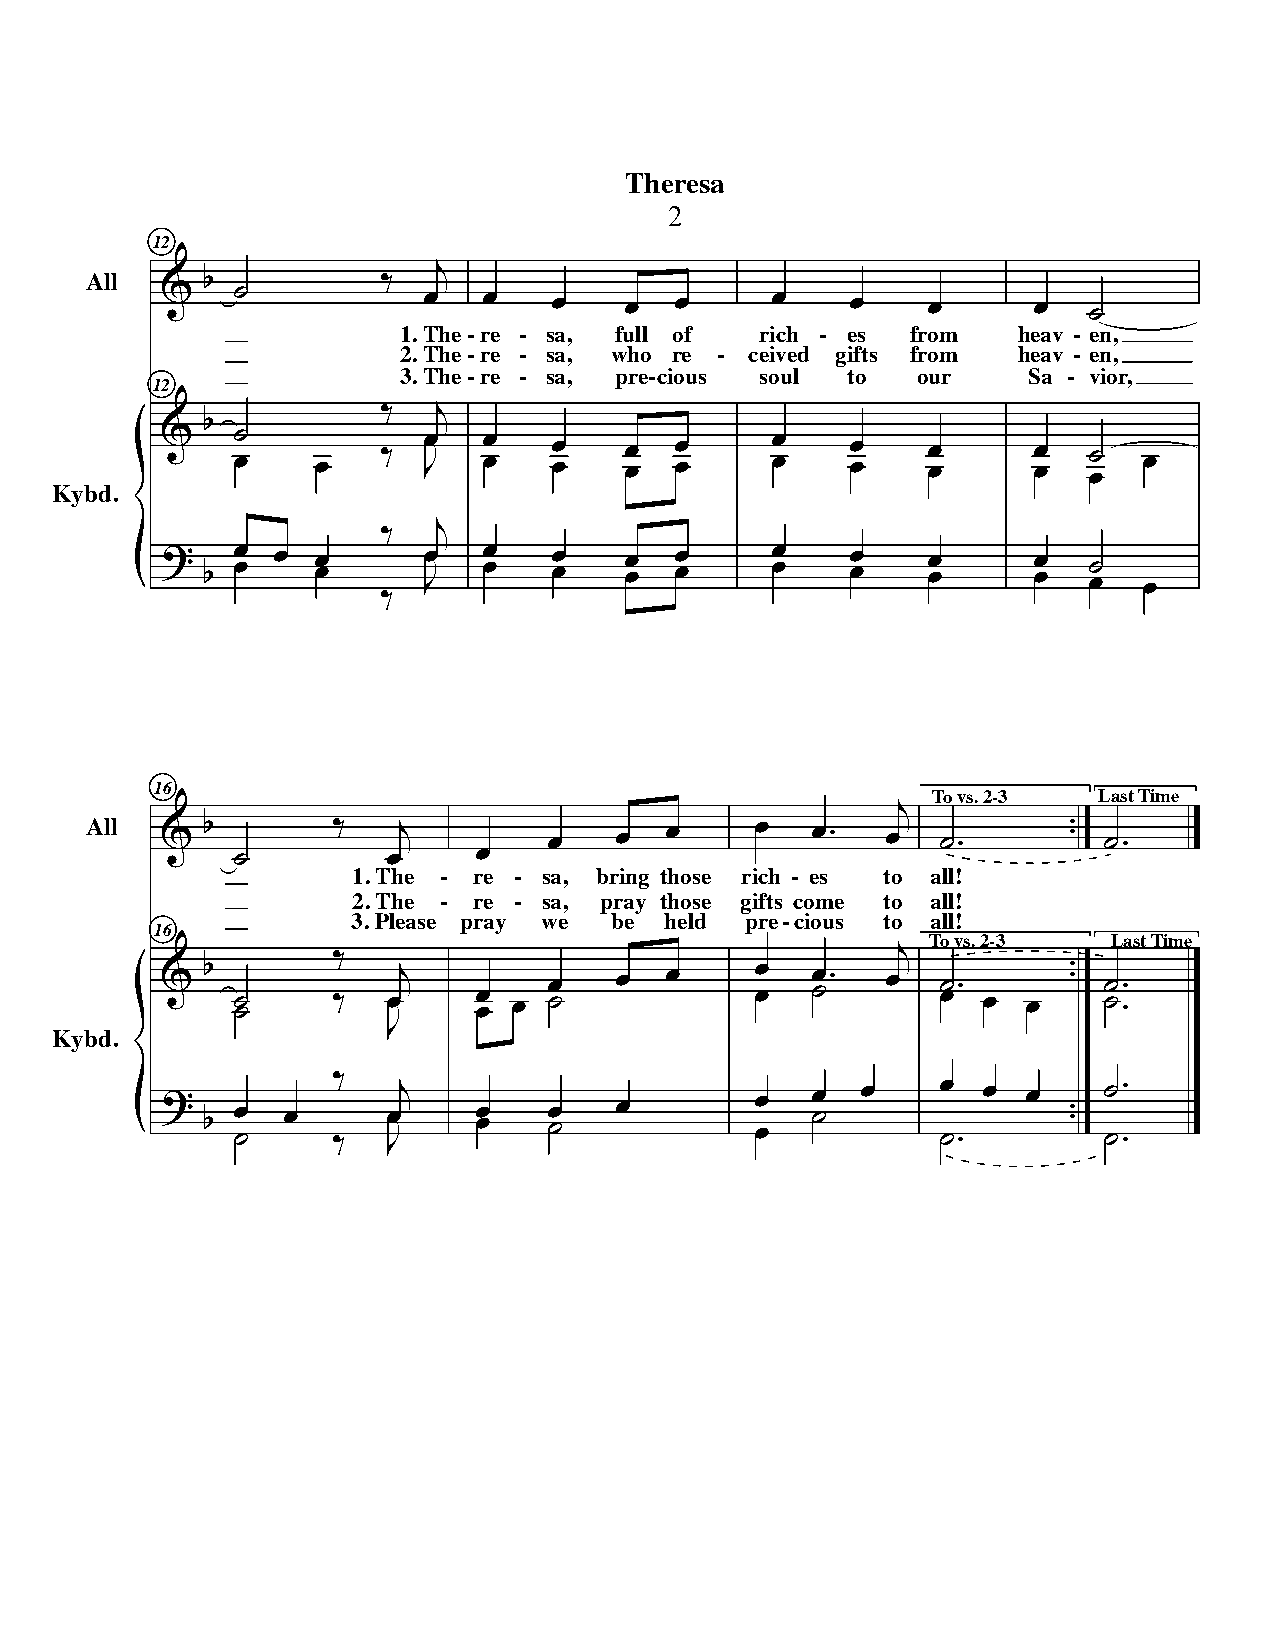
Theresa
 2
 12
 All                    j
 b           ‰
 &   ˙            œ   œ    œ   œ   œ     œ    œ    œ      œ   ˙
 1. The-re - sa, full of rich - es from   heav - en,
 2. The-re - sa, who re - ceived gifts from heav - en,
 3. The-re - sa, pre-cious soul to  our    Sa - vior,
 12
 ‰   j
 b
 Kybd.   &   ˙ œ   œ   ‰  œ Jœ œ œ œ œ œ œ œ œ   œ œ  œ œ  œ œ    œ œ ˙ œ œ
 ‰   j
 ? b œ œ œ œ œ    œ Jœ œ œ œ œ œ œ œ œ   œ œ  œ œ  œ œ    œ œ ˙ œ œ
 ‰
 16
 To vs. 2-3 Last Time
 All  & b        ‰   j         œ    œ  œ     œ   œ.   œj ˙.       . . ˙.
 ˙          œ     œ
 1. The - re - sa, bring those rich - es to all!
 2. The - re - sa, pray those gifts come to all!
 3. Please pray we be held pre-cious to all!
 16
 To vs. 2-3  Last Time
 & b
 ˙ ˙
 ‰
 ‰
 œœj
 œ œ œ
 œ
 ˙
 œ  œ     œ
 œ
 œ ˙. œj ˙ œ.
 œ  œ
 . . ˙ ˙.
 .
 Kybd.                  J
 ? b œ ˙ œ  ‰ ‰ œ Jœj œ œ œ ˙  œ        œ œ œ ˙ œ   œ ˙. œ œ . . ˙ ˙. .